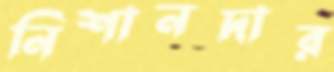
নিশানদার